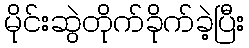
မိုင်းဆွဲတိုက်ခိုက်ခဲ့ပြီး